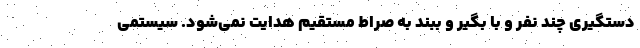
دستگیری چند نفر و با بگیر و ببند به صراط مستقیم هدایت نمی‌شود. سیستمی